Report on vaccination in Madras 1904-1921 - 1904-1921
Year: 1904
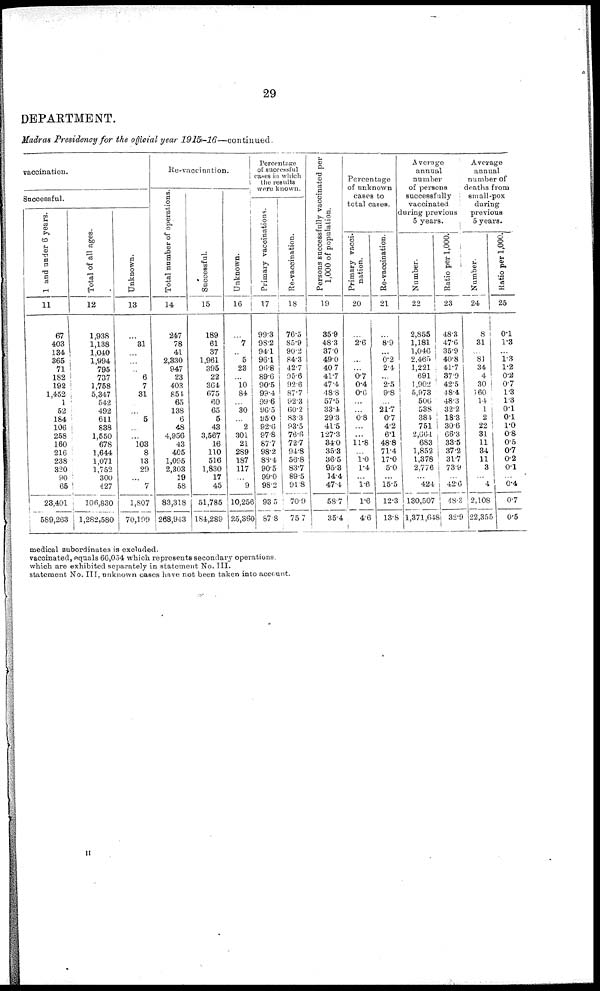
29
DEPARTMENT.
Madras Presidency for the official year
1915-16—continued.
vaccination.
Successful.
1 and under 6 years.
11
67
403
134
365
71
182
192
1,452
1
52
184
106
258
160
216
238
320
90
65
23,401
589,263
Total of all ages.
12
1,938
1,138
1,040
1,994
795
737
1,758
5,347
542
492
611
838
1,550
678
1,644
1,071
1,752
300
427
106,830
1,282,580
Unknown.
13
...
31
...
...
...
6
7
31
...
...
5
...
...
103
8
13
29
...
7
1,807
70,199
Re-vaccination.
Total number of operations
14
247
78
41
2,330
947
23
403
854
65
138
6
48
4,956
43
405
1,095
2,303
19
58
83,318
268,943
Successful.
15
189
61
37
1,961
395
22
364
675
60
65
5
43
3,567
16
110
516
1,830
17
45
51,785
184,289
Unknown.
16
...
7
...
5
23
...
10
84
...
30
...
2
301
21
289
187
117
...
9
10,256
25,360
Percentage
of successful
cases in which
the results
were known.
Primary vaccinations.
17
99.3
98.2
94.1
96.1
96.8
89.6
90.5
99.4
99.6
96.5
95.0
92.6
97.8
87.7
98.2
88.4
90.5
99.0
98.2
93.5
87.8
Re-vaccination.
18
76.5
85.9
90.2
84.3
42.7
95.6
92.6
87.7
92.3
60.2
83.3
93.5
76.6
72.7
94.8
56.8
83.7
89.5
91.8
70.9
75.7
Persons successfully vaccinated per
1,000 of population.
19
35.9
48.3
37.0
49.0
40.7
41.7
47.4
48.8
57.5
33.4
29.3
41.5
127.3
34.0
35.3
36.5
95.3
14.4
47.4
58.7
35.4
Percentage
of unknown
cases to
total cases.
Primary vacci-
nation.
20
...
2.6
...
...
0.7
0.4
0.6
...
...
0.8
...
...
11.8
...
1. 0
1.4
...
1. 6
1.6
4.6
Re-vaccination.
21
...
8.9
...
0.2
2.4
...
2.5
9.8
...
21.7
0.7
4.2
6.1
48.8
71.4
17.0
5.0
...
15.5
12.3
13.8
Average
annual
number
of persons
successfully
vaccinated
during previous
5 years.
Number.
22
2,855
1,181
1,046
2,465
1,221
691
1,902
5,973
506
538
384
751
2,664
683
1,852
1,378
2,776
...
424
130,507
1,371,648
Ratio per 1,000.
23
48.3
47.6
35.9
40.8
41.7
37.9
42.5
48.4
48.3
32.2
18.3
30.6
66.3
33.5
37.2
31.7
73.9
...
42.6
48.3
32.9
Average
annual
number of
deaths from
small-pox
during
previous
5 years.
Number.
24
8
31
...
81
34
4
30
160
14
1
2
22
31
11
34
11
3
...
4
2,108
22,355
Ratio per 1,000.
25
0.1
1.3
...
1.3
1.2
0.2
0.7
1.3
1.3
0.1
0.1
1.0
0.8
0.5
0.7
0.2
0.1
...
0.4
0.7
0.5
medical subordinates is excluded.
vaccinated, equals 66,054 which represents secondary operations.
which are exhibited separately in statement No. III.
statement No. III, unknown cases have not been taken into account.
H